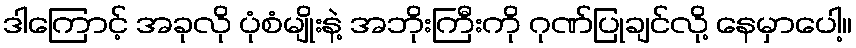
ဒါကြောင့် အခုလို ပုံစံမျိုးနဲ့ အဘိုးကြီးကို ဂုဏ်ပြုချင်လို့ နေမှာပေါ့။